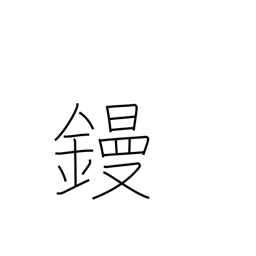
Meaning: flat iron